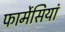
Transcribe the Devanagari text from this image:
फार्मेसियां